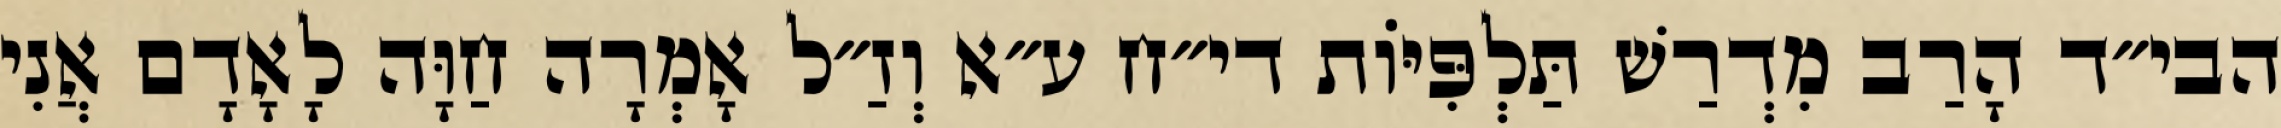
הבי״ד הָרַב מִדְרַשׁ תַּלְפִּיּוֹת די״ח ע״א וְזַ״ל אָמְרָה חַוָּה לָאָדָם אֲנִי